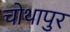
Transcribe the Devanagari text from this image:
चोथापुर